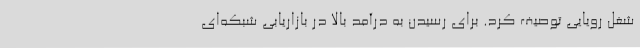
شغل رویایی توصیف کرد. برای رسیدن به درآمد بالا در بازاریابی شبکه‌ای